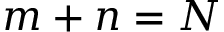
m + n = N